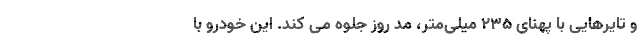
و تایرهایی با پهنای ۲۳۵ میلی‌متر، مد روز جلوه می کند. این خودرو با